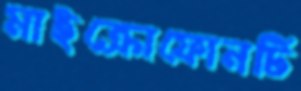
মাইক্রোফোনটি